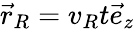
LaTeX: \vec{r}_{R}=v_{R}t\vec{e}_{z}